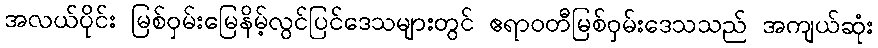
အလယ်ပိုင်း မြစ်ဝှမ်းမြေနိမ့်လွင်ပြင်ဒေသများတွင် ဧရာဝတီမြစ်ဝှမ်းဒေသသည် အကျယ်ဆုံး